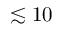
\lesssim 1 0